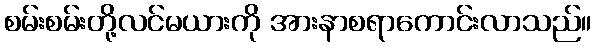
စမ်းစမ်းတို့လင်မယားကို အားနာစရာကောင်းလာသည်။